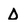
Character: D